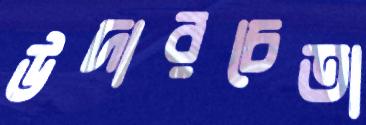
উদারচেতা